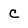
Character: C